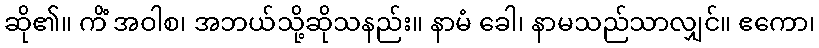
ဆို၏။ ကိံ အဝါစ၊ အဘယ်သို့ဆိုသနည်း။ နာမံ ခေါ၊ နာမသည်သာလျှင်။ ဧကော၊